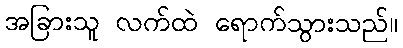
အခြားသူ လက်ထဲ ရောက်သွားသည်။